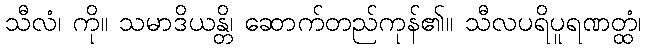
သီလံ၊ ကို။ သမာဒိယန္တိ၊ ဆောက်တည်ကုန်၏။ သီလပရိပူရဏတ္ထံ၊